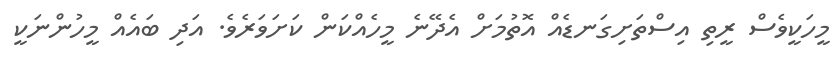
މީހަކީވެސް ރީތި އިސްތަށިގަނޑެއް އޮތުމަށް އެދޭނެ މީހެއްކަން ކަށަވަރެވެ. އަދި ބައެއް މީހުންނަކީ